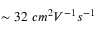
\sim 3 2 \ c m ^ { 2 } V ^ { - 1 } s ^ { - 1 }